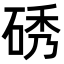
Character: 𮀞